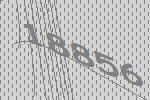
18856